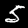
Label: 5